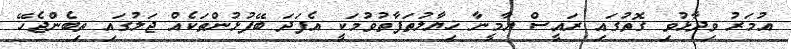
އުމަރު ވިދާޅުވި ގޮތުގައި ރައީސް ޔާމީނާ ޚިޔާލުތަފާތުވުމަކީ އެފަދަ ބޭފުޅުންތަކެއް ޖަލުގައި ތިބެންޖެހޭ